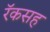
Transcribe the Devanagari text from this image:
रॅकसह